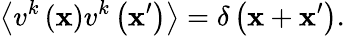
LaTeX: \left\langle v^{k}\left(\mathbf{x}\right)v^{k}\left(\mathbf{x}^{\prime}\right)\right\rangle=\delta\left(\mathbf{x}+\mathbf{x}^{\prime}\right).